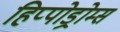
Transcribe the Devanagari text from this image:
हिप्पोड्रोम्स